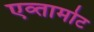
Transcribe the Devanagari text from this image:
एव्तामोट